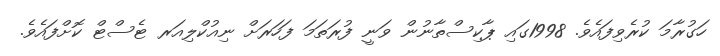
ހަގުރާމަ ކުރެވިފައެވެ. 1998ގައި ޕާކިސްތާނުން ވަނީ ފުރަތަމަ ފަހަރަށް ނިއުކްލިއަރ ޓެސްޓް ކޮށްފައެވެ.